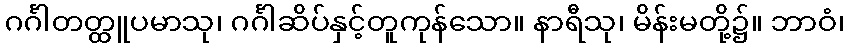
ဂင်္ဂါတတ္ထူပမာသု၊ ဂင်္ဂါဆိပ်နှင့်တူကုန်သော။ နာရီသု၊ မိန်းမတို့၌။ ဘာဝံ၊